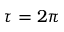
\tau = 2 \pi